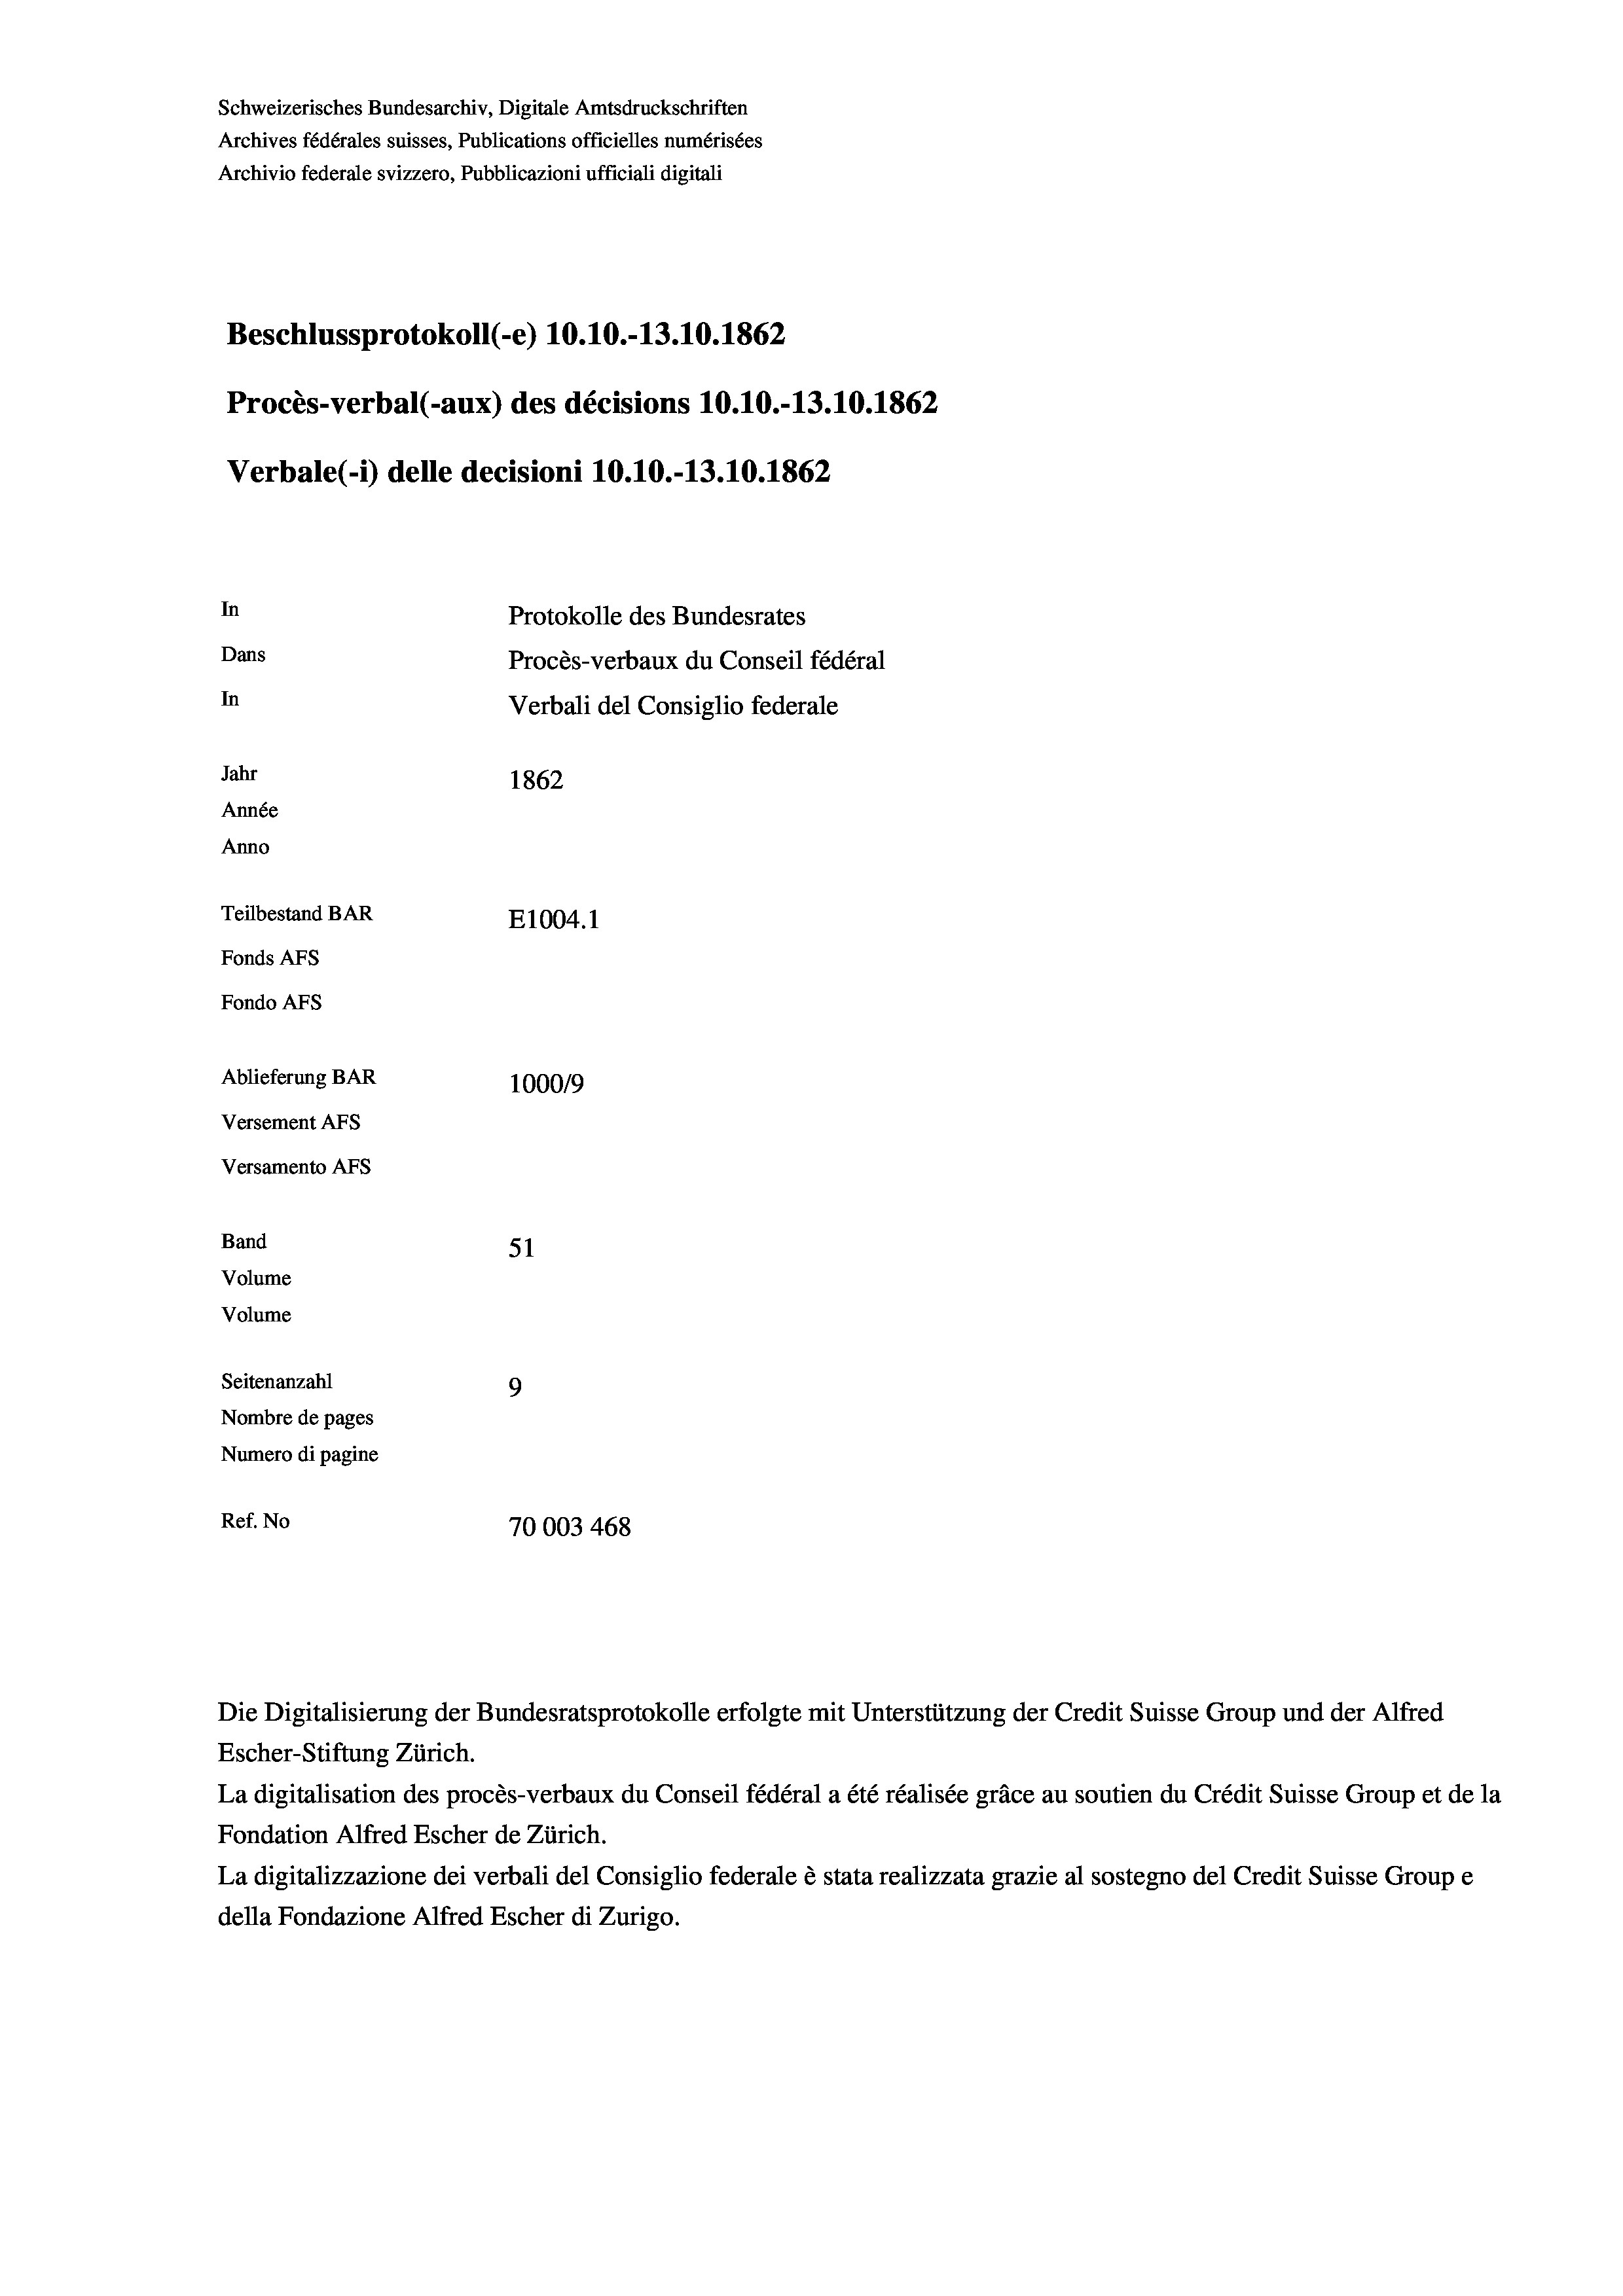
Schweizerisches Bundesarchiv, Digitale Amtsdruckschriften
Archives fédérales suisses, Publications officielles numérisées
Archivio federale svizzero, Pubblicazioni ufficiali digitali
Beschlussprotokoll (-e) 10.10.-13.10.1862
Procès-verbal (-aux) des décisions 10.10.-13.10.1862
Verbale(-*) delle decisioni 10.10.-13.10.1862
In
Protokolle des Bundesrates
Dans
Procès-verbaux du Conseil fédéral
In
Verbali del Consiglio federale
Jahr
1862
Année
Anno
Teilbestand BAR
E1004. 1
Fonds AFs
Fondo AFs
Ablieferung BAR
100019
Versement As
Versamento AFs
Band

51
Seitenanzahl
9
Nombre de pages
Numero di pagine
Ref. No
70003 468

Volume
Volume

Die Digitalisierung der Bundesratsprotokolle erfolgte mit Unterstützung der Credit Suisse Group und der Alfred
Escher-Stiftung Zürich.

La digitalisation des procès-verbaux du Conseil fédéral a été réalisée gräce au soutien du Crédit Suisse Group et de la
Fondation Alfred Escher de Zürich.
La digitalizzazione dei verbali del Consiglio federale è stata realizzata grazie al sostegno del Credit Suisse Groupe
della Fondazione Alfred Escher di Zurigo.